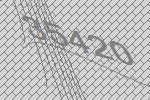
35420